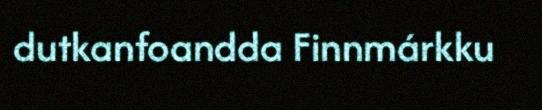
dutkanfoandda Finnmárkku